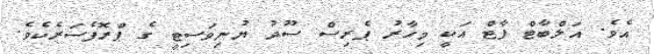
އެވެ. އަލްބާޓް ފާޓް އަކީ މިހާރު ޕެރިސް ސޫދު ޔުނިވަސިޓީ ގެ ޕްރޮފެސަރެކެވެ.